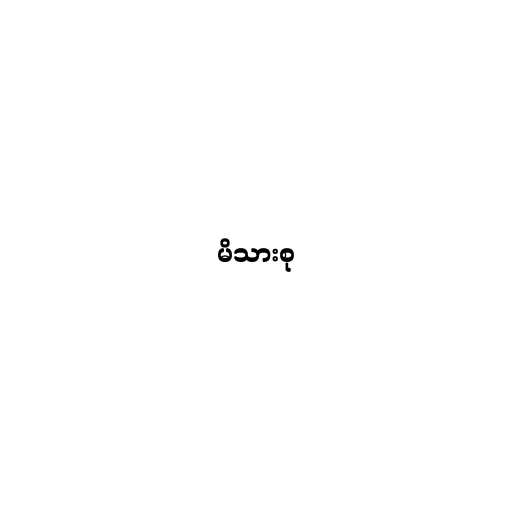
မိသားစု